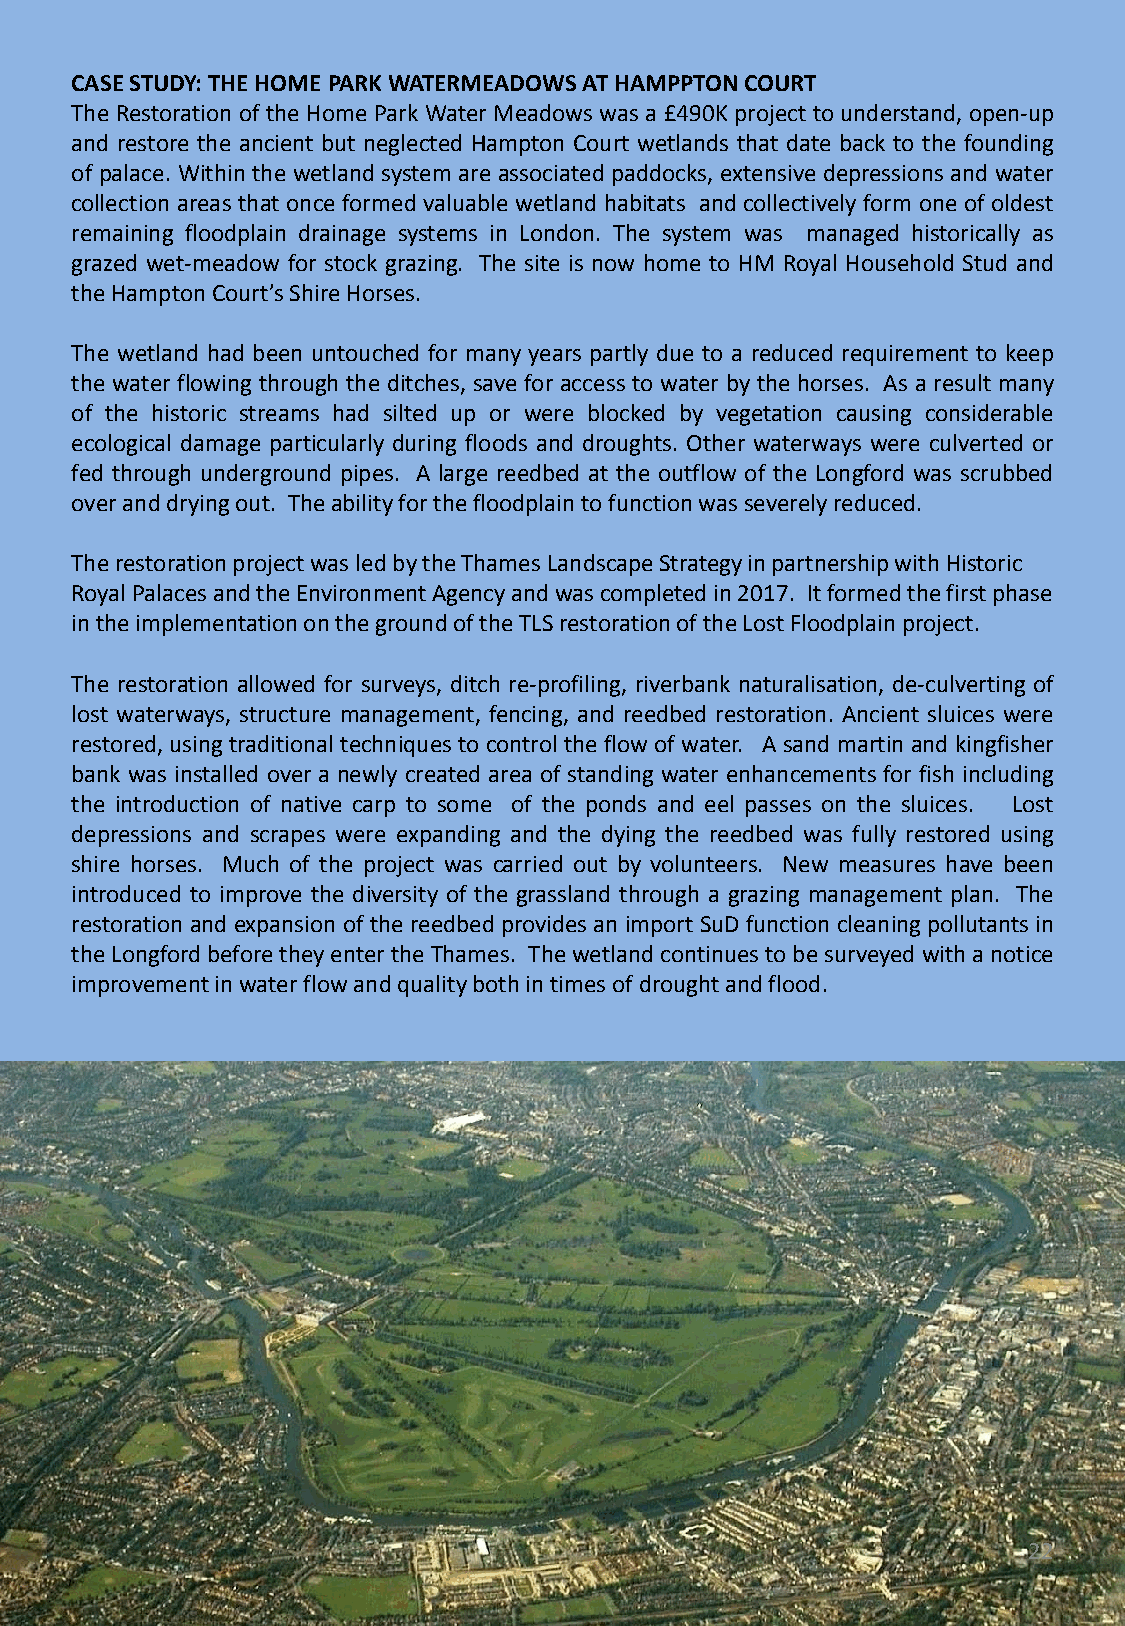
CASE STUDY: THE HOME PARK WATERMEADOWS AT HAMPPTON COURT
 The Restoration of the Home ParkWater Meadows was a £490K project to understand, open-up
 and restore the ancient but neglected Hampton Court wetlands that date back to the founding
 of palace. Within the wetland system are associated paddocks, extensive depressions and water
 collection areas that once formed valuable wetland habitats and collectively form one of oldest
 remaining floodplain drainage systems in London. The system was managed historically as
 grazed wet-meadow for stock grazing. The site is now home to HM Royal Household Stud and
 theHamptonCourt’sShireHorses.
 The wetland had been untouched for many years partly due to a reduced requirement to keep
 the water flowing through the ditches, save for access to water by the horses. As a result many
 of the historic streams had silted up or were blocked by vegetation causing considerable
 ecological damage particularly during floods and droughts. Other waterways were culverted or
 fed through underground pipes. A large reedbed at the outflow of the Longford was scrubbed
 overanddryingout. Theabilityforthefloodplaintofunctionwasseverelyreduced.
 The restoration project was led by the Thames Landscape Strategy in partnership with Historic
 Royal Palaces and the Environment Agency and was completed in 2017. It formed the first phase
 in the implementation on the ground of the TLS restoration of the Lost Floodplain project.
 The restoration allowed for surveys, ditch re-profiling, riverbank naturalisation, de-culverting of
 lost waterways, structure management, fencing, and reedbed restoration. Ancient sluices were
 restored,usingtraditional techniquesto controltheflowof water. A sand martin and kingfisher
 bank was installed over a newly created area of standing water enhancements for fish including
 the introduction of native carp to some of the ponds and eel passes on the sluices. Lost
 depressions and scrapes were expanding and the dying the reedbed was fully restored using
 shire horses. Much of the project was carried out by volunteers. New measures have been
 introduced to improve the diversity of the grassland through a grazing management plan. The
 restorationandexpansion ofthereedbedprovides animportSuDfunction cleaningpollutants in
 theLongfordbeforetheyentertheThames. Thewetlandcontinuestobesurveyedwithanotice
 improvementinwaterflowandqualitybothintimesofdroughtandflood.
 22